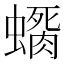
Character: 𲀊